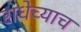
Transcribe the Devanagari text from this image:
राधेच्याच